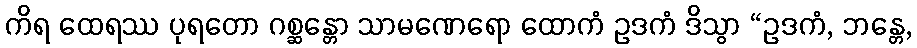
ကိရ ထေရဿ ပုရတော ဂစ္ဆန္တော သာမဏေရော ထောကံ ဥဒကံ ဒိသွာ “ဥဒကံ, ဘန္တေ,